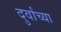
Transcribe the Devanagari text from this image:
दुर्वांच्या